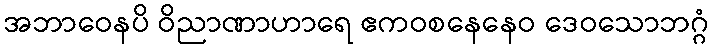
အဘာဝေနပိ ဝိညာဏာဟာရေ ဧကဝစနေနေဝ ဒေဝသောဘဂ္ဂံ